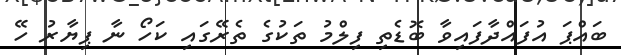
ބައްޕަ އުފައްދާފައިވާ ބޮޑެތި ފިލްމު ތަކުގެ ތެރޭގައި ކަހޯ ނާ ޕިޔާރު ހޭ